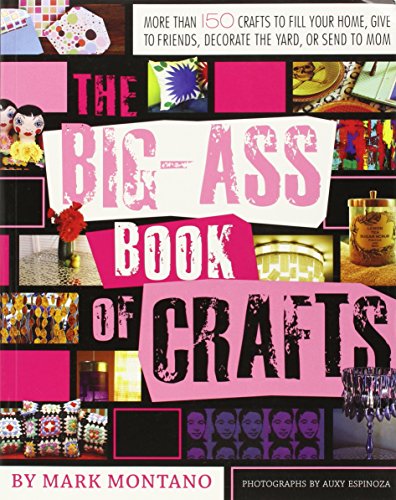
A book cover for The Big-Ass Book of Crafts; Mark Montano; Crafts, Hobbies & Home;